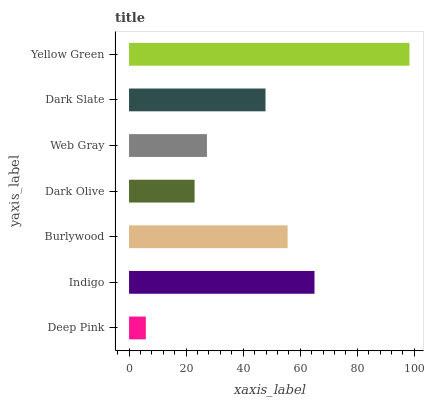
| yaxis_label | bars |
 | --- | --- |
 | Deep Pink | 5.89 |
 | Indigo | 65 |
 | Burlywood | 55.6 |
 | Dark Olive | 23 |
 | Web Gray | 27.3 |
 | Dark Slate | 47.8 |
 | Yellow Green | 98.3 |